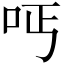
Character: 𠰁